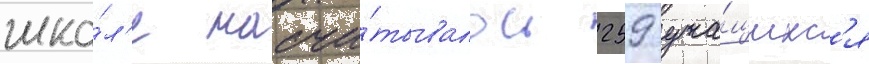
шко́л'е насчи́тывалось 259 уча́щихс'я